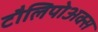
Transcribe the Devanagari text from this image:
टौलिपोअक्स